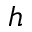
h